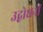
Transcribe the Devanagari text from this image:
उद्बोधनों